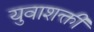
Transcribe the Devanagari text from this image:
युवाशक्ती